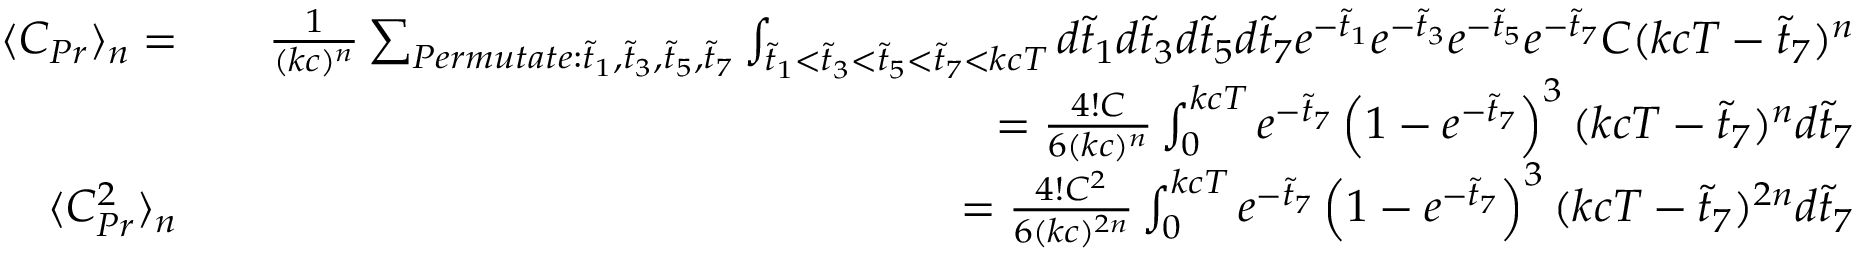
\begin{array} { r l r } { \langle C _ { P r } \rangle _ { n } = } & { } & { \frac { 1 } { ( k c ) ^ { n } } \sum _ { P e r m u t a t e : \tilde { t } _ { 1 } , \tilde { t } _ { 3 } , \tilde { t } _ { 5 } , \tilde { t } _ { 7 } } \int _ { \tilde { t } _ { 1 } < \tilde { t } _ { 3 } < \tilde { t } _ { 5 } < \tilde { t } _ { 7 } < k c T } d \tilde { t } _ { 1 } d \tilde { t } _ { 3 } d \tilde { t } _ { 5 } d \tilde { t } _ { 7 } e ^ { - \tilde { t } _ { 1 } } e ^ { - \tilde { t } _ { 3 } } e ^ { - \tilde { t } _ { 5 } } e ^ { - \tilde { t } _ { 7 } } C ( k c T - \tilde { t } _ { 7 } ) ^ { n } } \\ & { } & { = \frac { 4 ! C } { 6 ( k c ) ^ { n } } \int _ { 0 } ^ { k c T } e ^ { - \tilde { t } _ { 7 } } \left( 1 - e ^ { - \tilde { t } _ { 7 } } \right) ^ { 3 } ( k c T - \tilde { t } _ { 7 } ) ^ { n } d \tilde { t } _ { 7 } } \\ { \langle C _ { P r } ^ { 2 } \rangle _ { n } } & { } & { = \frac { 4 ! C ^ { 2 } } { 6 ( k c ) ^ { 2 n } } \int _ { 0 } ^ { k c T } e ^ { - \tilde { t } _ { 7 } } \left( 1 - e ^ { - \tilde { t } _ { 7 } } \right) ^ { 3 } ( k c T - \tilde { t } _ { 7 } ) ^ { 2 n } d \tilde { t } _ { 7 } } \end{array}